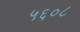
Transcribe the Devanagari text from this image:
५६०८